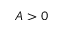
A > 0